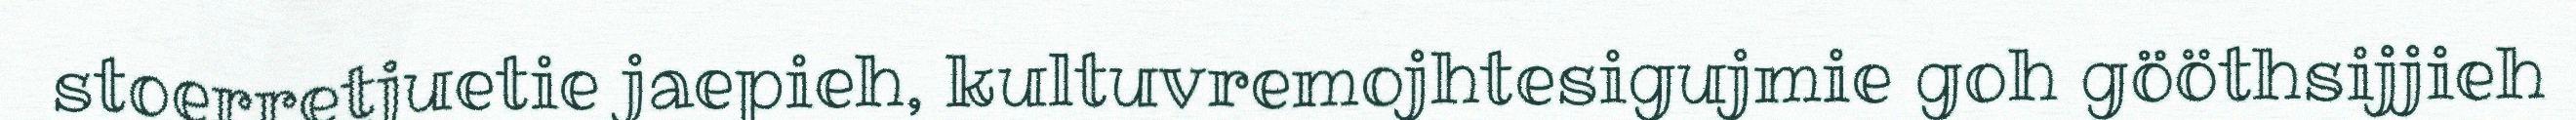
stoerretjuetie jaepieh, kultuvremojhtesigujmie goh gööthsijjieh